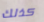
كذلك